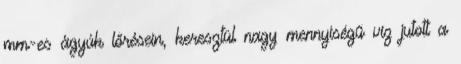
mm-es ágyúk lőrésein, keresztül nagy mennyiségű víz jutott a